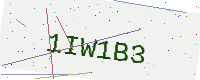
Text: 1IW1B3